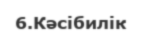
6.Кәсібилік